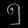
Digit: ၅